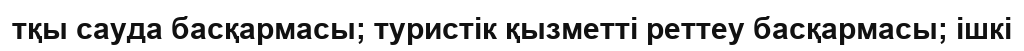
тқы сауда басқармасы; туристік қызметті реттеу басқармасы; ішкі